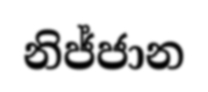
නිජ්ජාන